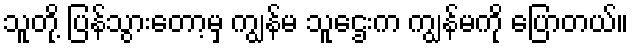
သူတို့ ပြန်သွားတော့မှ ကျွန်မ သူဌေးက ကျွန်မကို ပြောတယ်။